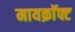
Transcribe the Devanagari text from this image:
मायक्राॅफ्ट